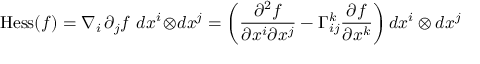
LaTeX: \operatorname { H e s s } ( f ) = \nabla _ { i } \, \partial _ { j } f \ d x ^ { i } \! \otimes \! d x ^ { j } = \left( { \frac { \partial ^ { 2 } f } { \partial x ^ { i } \partial x ^ { j } } } - \Gamma _ { i j } ^ { k } { \frac { \partial f } { \partial x ^ { k } } } \right) d x ^ { i } \otimes d x ^ { j }